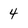
Character: 4